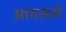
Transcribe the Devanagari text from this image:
आगलावे